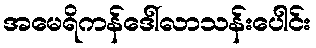
အမေရိကန်ဒေါ်လာသန်းပေါင်း